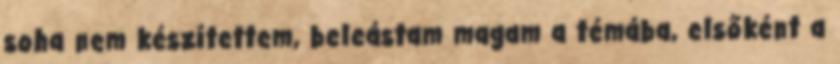
soha nem készítettem, beleástam magam a témába, elsőként a